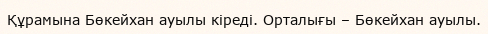
Құрамына Бөкейхан ауылы кіреді. Орталығы – Бөкейхан ауылы.